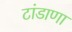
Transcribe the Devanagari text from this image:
टांडाणा